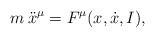
\begin{align*}m \: \ddot x^\mu = F^\mu (x,\dot x,I),\end{align*}